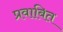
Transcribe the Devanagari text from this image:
प्रवाबित